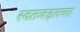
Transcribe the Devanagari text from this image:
स्वतःबद्दलच्या